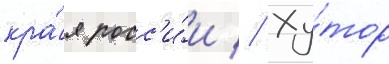
кра́я росс'и́и // Ху́тор